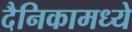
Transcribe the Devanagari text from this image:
दैनिकामध्ये